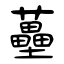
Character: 蘲